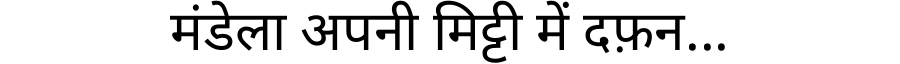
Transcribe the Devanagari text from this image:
मंडेला अपनी मिट्टी में दफ़न...